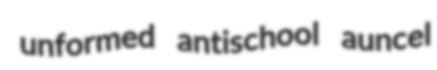
unformed antischool auncel